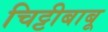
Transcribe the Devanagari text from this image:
चिट्टीबाबू